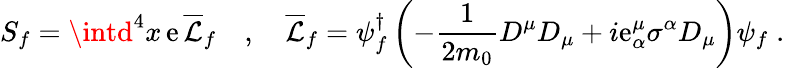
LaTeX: S_{f}=\intd^{4}x\, \mathrm{e}\, \overline{{{\mathcal{{L}}}}}_{f}\quad,\quad\overline{{{\mathcal{{L}}}}}_{f}=\psi_{f}^{\dagger}\left(-\frac{{1}}{{2m_{0}}}D^{\mu}D_{\mu}+i\mathrm{e}_{\alpha}^{\mu}\sigma^{\alpha}D_{\mu}\right)\psi_{f}\; .